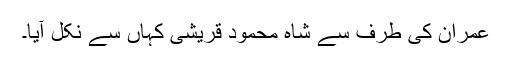
عمران کی طرف سے شاہ محمود قریشی کہاں سے نکل آیا۔